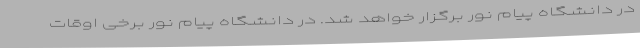
در دانشگاه پیام نور برگزار خواهد شد. در دانشگاه پیام نور برخی اوقات